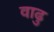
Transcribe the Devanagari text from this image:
वाढु